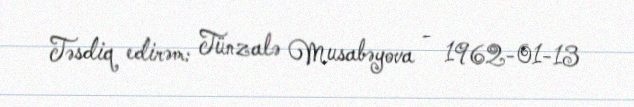
Təsdiq edirəm: Tünzalə Musabəyova - 1962-01-13